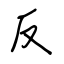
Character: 反